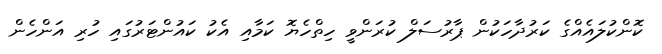
ކޮންކުލައެއްގެ ކަރުދާހަކުން ޕާރުސަލް ކުރަންވީ ހިތްހެޔޮ ކަމާއި އެކު ކައުންޓަރުގައި ހުރި އަންހެން